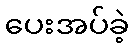
ပေးအပ်ခဲ့